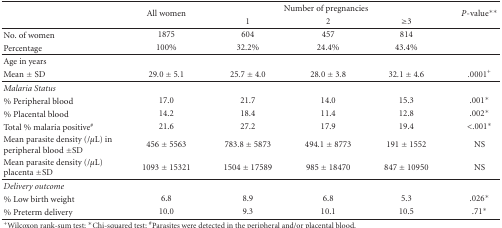
| <ROWSPAN=2>  | <ROWSPAN=2> All women | <COLSPAN=3> Number of pregnancies | <ROWSPAN=2> P-value** |
 | 1 | 2 | ≥3 |
 | --- | --- | --- | --- | --- | --- |
 | No. of women | 1875 | 604 | 457 | 814 |  |
 | Percentage | 100% | 32.2% | 24.4% | 43.4% |  |
 | Age in years |  |  |  |  |  |
 | Mean ± SD | 29.0 ± 5.1 | 25.7 ± 4.0 | 28.0 ± 3.8 | 32.1 ± 4.6 | .0001+ |
 | Malaria Status |  |  |  |  |  |
 | % Peripheral blood | 17.0 | 21.7 | 14.0 | 15.3 | .001* |
 | % Placental blood | 14.2 | 18.4 | 11.4 | 12.8 | .002* |
 | Total % malaria positive# | 21.6 | 27.2 | 17.9 | 19.4 | <.001* |
 | Mean parasite density (/μL) in peripheral blood ±SD | 456 ± 5563 | 783.8 ± 5873 | 494.1 ± 8773 | 191 ± 1552 | NS |
 | Mean parasite density (/μL) placenta ±SD | 1093 ± 15321 | 1504 ± 17589 | 985 ± 18470 | 847 ± 10950 | NS |
 | Delivery outcome |  |  |  |  |  |
 | % Low birth weight | 6.8 | 8.9 | 6.8 | 5.3 | .026* |
 | % Preterm delivery | 10.0 | 9.3 | 10.1 | 10.5 | .71* |